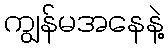
ကျွန်မအနေနဲ့